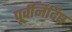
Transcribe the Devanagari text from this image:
पूर्वनिर्दिष्ट